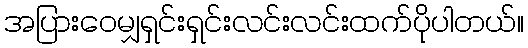
အပြားဝေမျှရှင်းရှင်းလင်းလင်းထက်ပိုပါတယ်။